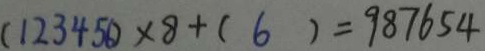
( 1 2 3 4 5 6 ) \times 8 + ( 6 ) = 9 8 7 6 5 4